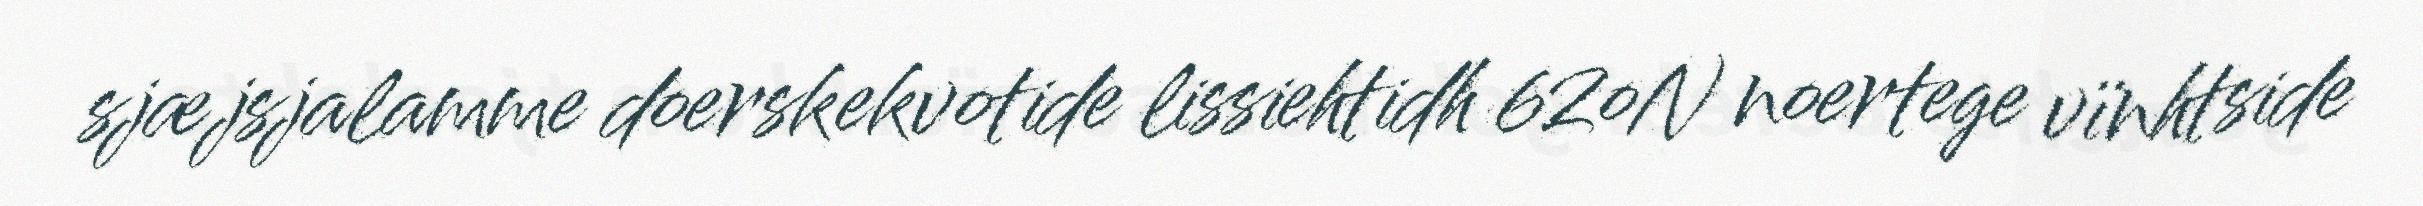
sjæjsjalamme doerskekvotide lissiehtidh 62oN noertege vïnhtside